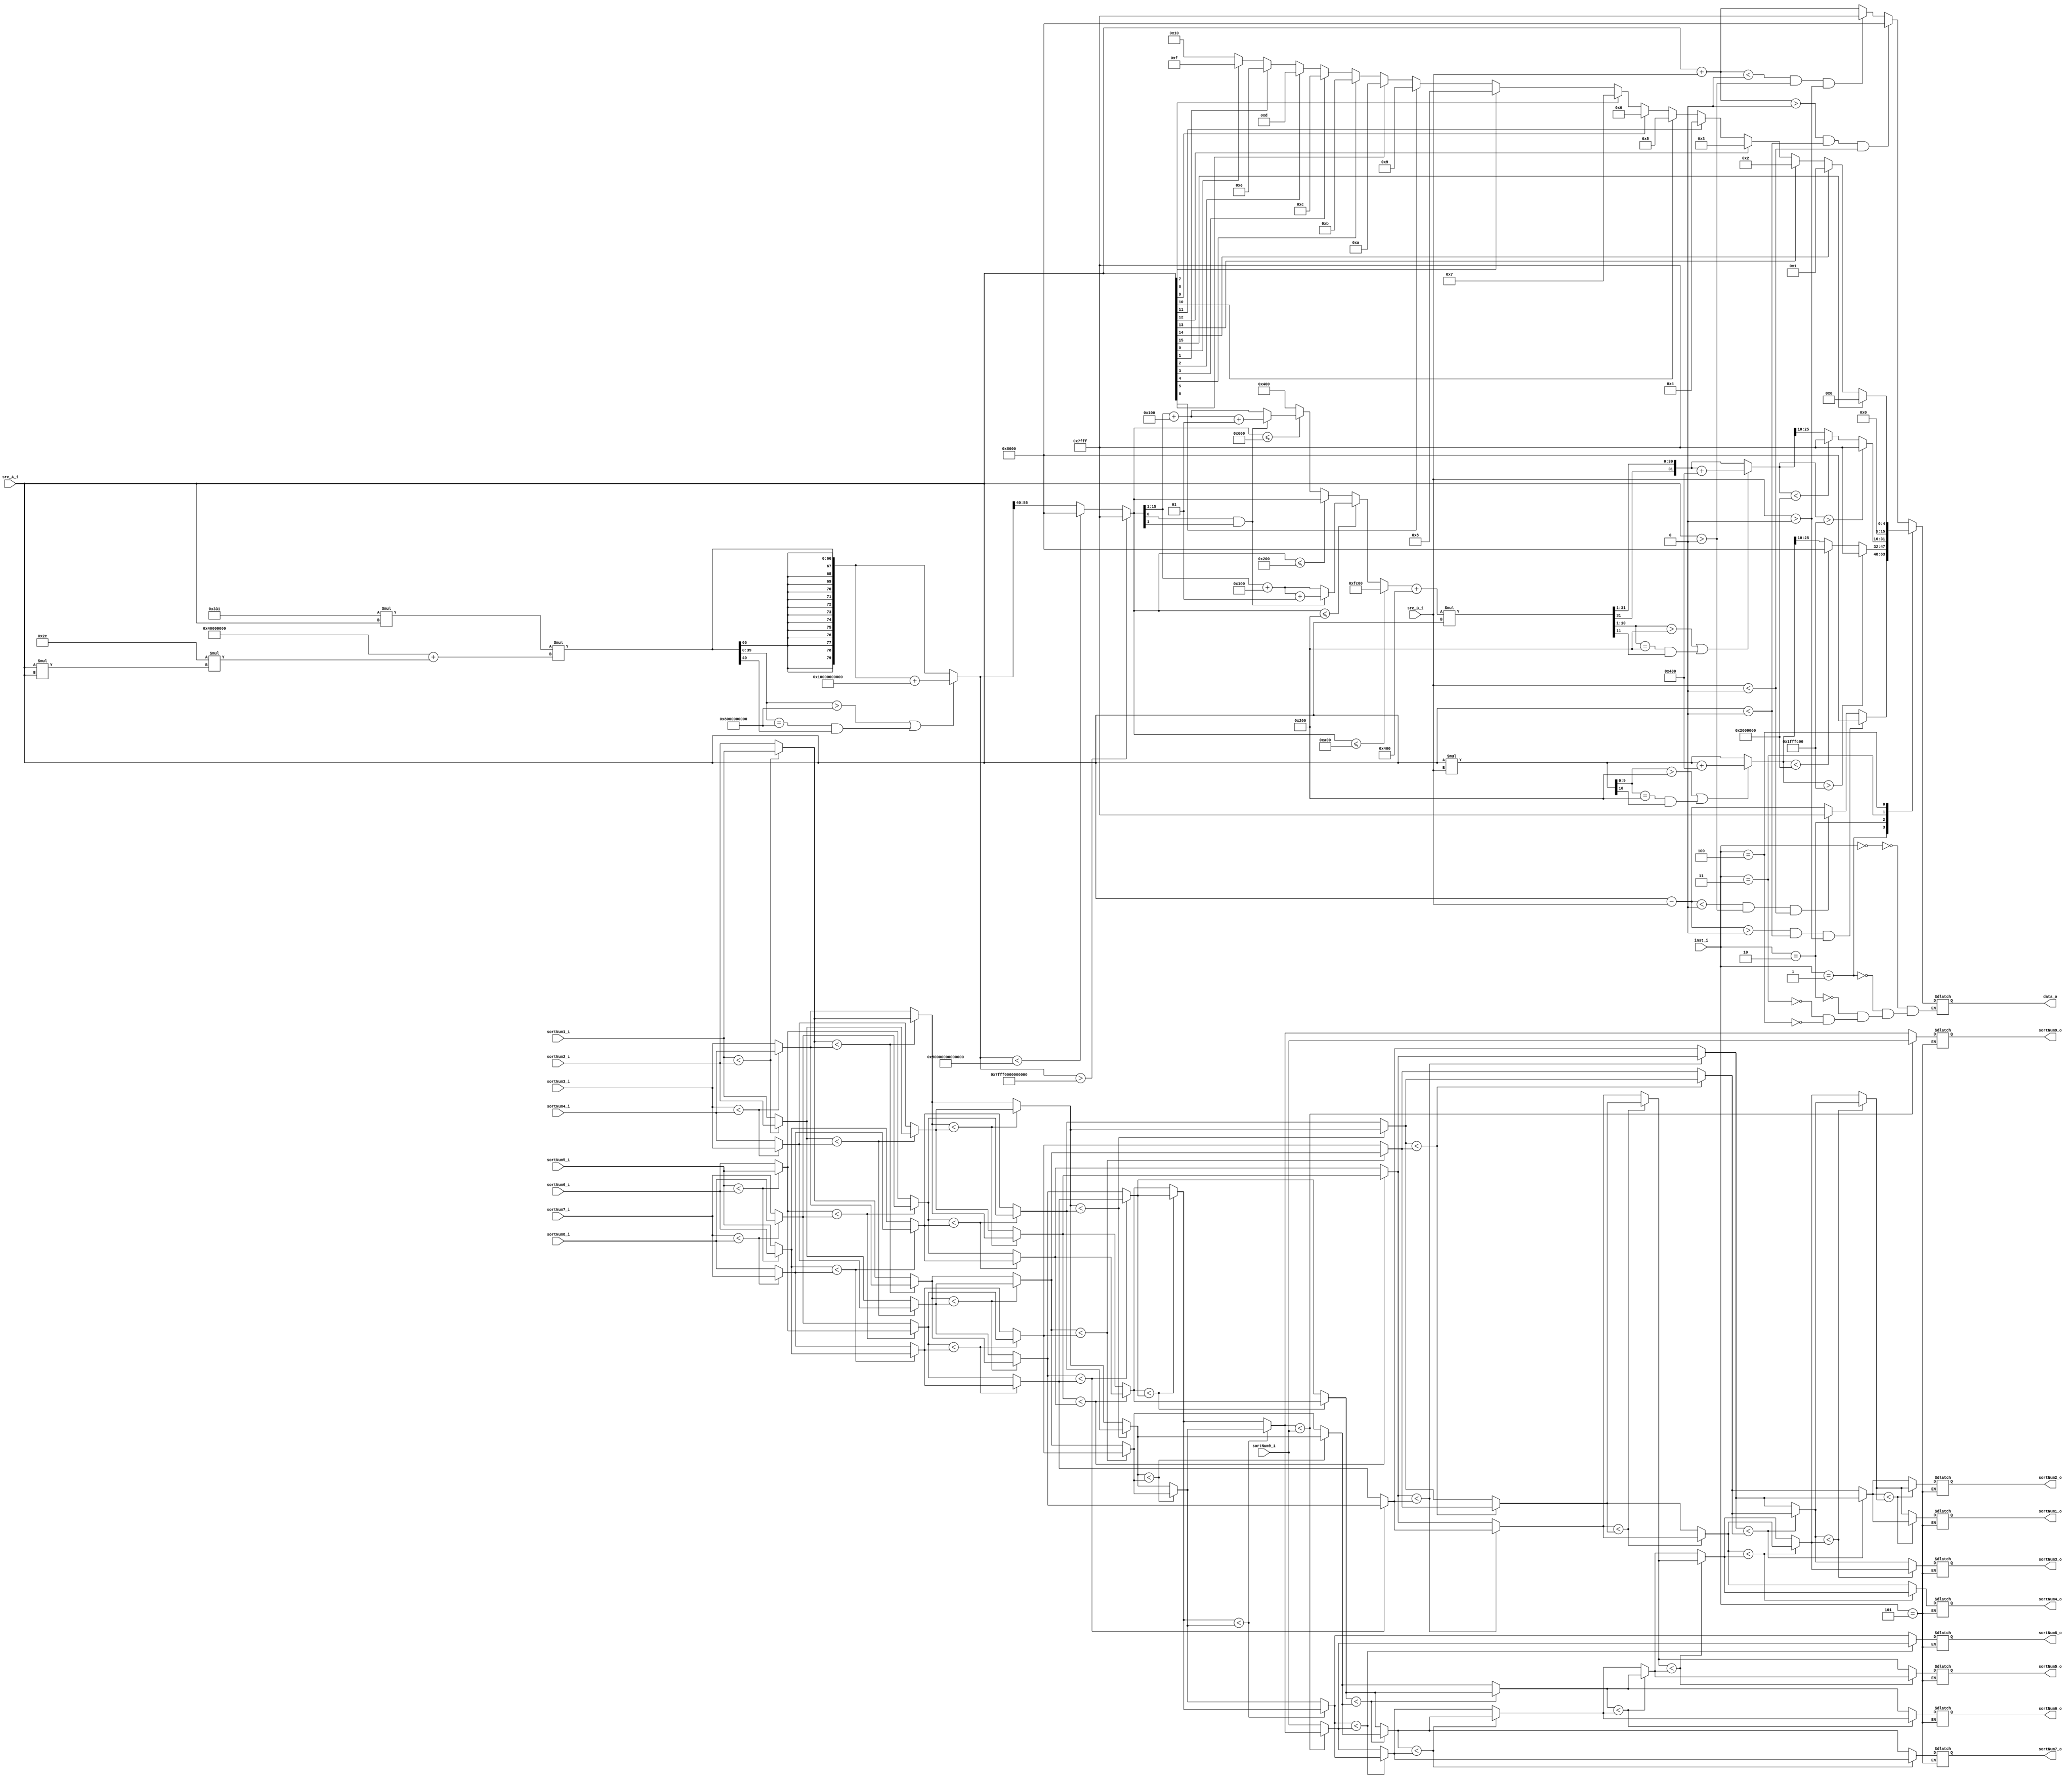
module ALU(
  input signed [15:0] src_A_i,
  input signed [15:0] src_B_i,
  input  [2:0]  inst_i,
  input  [7:0]  sortNum1_i,
  input  [7:0]  sortNum2_i,
  input  [7:0]  sortNum3_i,
  input  [7:0]  sortNum4_i,
  input  [7:0]  sortNum5_i,
  input  [7:0]  sortNum6_i,
  input  [7:0]  sortNum7_i,
  input  [7:0]  sortNum8_i,
  input  [7:0]  sortNum9_i,
  output reg [7:0]  sortNum1_o,
  output reg [7:0]  sortNum2_o,
  output reg [7:0]  sortNum3_o,
  output reg [7:0]  sortNum4_o,
  output reg [7:0]  sortNum5_o,
  output reg [7:0]  sortNum6_o,
  output reg [7:0]  sortNum7_o,
  output reg [7:0]  sortNum8_o,
  output reg [7:0]  sortNum9_o,
  output reg signed [15:0] data_o
);

reg signed [15:0] add_temp;

reg signed [15:0] sub_temp;

reg signed [31:0] mul_max_32;
reg signed [31:0] mul_min_32;
reg signed [31:0] mul;

reg signed [15:0] gelu_first_const_1;
reg signed [47:0] gelu_first_const_2;
reg signed [15:0] gelu_first_const_3;

reg signed [15:0] tanh_const_1;
reg signed [15:0] tanh_const_2;

reg signed [15:0] tanh_boundary_1;
reg signed [15:0] tanh_boundary_2;
reg signed [15:0] tanh_boundary_3;
reg signed [15:0] tanh_boundary_4;

reg signed [31:0] gelu_max_32;
reg signed [31:0] gelu_min_32;
reg signed [79:0] gelu_max_80;
reg signed [79:0] gelu_min_80;

reg signed [15:0] gelu_temp16;
reg signed [31:0] gelu_temp32;
reg signed [79:0] gelu_temp80;

reg [7:0] buffer [1:9];
reg [7:0] buffer_temp;

always @(*) begin
  case(inst_i)
    3'b000:begin // Signed Addition  
      add_temp = src_A_i + src_B_i;
      if((add_temp > 0) && (src_A_i < 0) && (src_B_i < 0))
        data_o = 16'b100000_0000000000;
      else if((add_temp < 0) && (src_A_i > 0) && (src_B_i > 0))
        data_o = 16'b011111_1111111111;
      else
        data_o = add_temp;                
    end
    3'b001:begin // Signed Subtraction
      sub_temp = src_A_i - src_B_i;
      if((sub_temp > 0) && (src_A_i < 0) && (src_B_i > 0))
        data_o = 16'b100000_0000000000;
      else if((sub_temp < 0) && (src_A_i > 0) && (src_B_i < 0))
        data_o = 16'b011111_1111111111;
      else
        data_o = sub_temp;          
    end   
    3'b010:begin // Signed Multiplication
      // 16bits32bits    
      mul_max_32 = 32'b000000_011111_1111111111_0000000000;
      mul_min_32 = 32'b111111_100000_0000000000_0000000000;
      mul = src_A_i * src_B_i;
      // rounding
      if((mul[9:0] > 10'b1000000000) || ((mul[9:0] == 10'b1000000000) && (mul[10] == 1)))
        mul = mul + 11'b10000000000;
      else
        mul = mul;
      // saturation
      if(mul > mul_max_32)
        data_o = 16'b011111_1111111111;
      else if(mul < mul_min_32)
        data_o = 16'b100000_0000000000;             
      else
        data_o = mul[25:10];        
    end  
    3'b011: begin // GeLU
        gelu_first_const_1 = 16'b000000_0000101110; // 0.044921875
        gelu_first_const_2 = 48'b000000_000000_000001_0000000000_0000000000_0000000000; // 1
        gelu_first_const_3 = 16'b000000_1100110001; // 0.7978515625

        tanh_boundary_1 = 16'b111110_1000000000; // -1.5
        tanh_boundary_2 = 16'b111111_1000000000; // -0.5
        tanh_boundary_3 = 16'b000000_1000000000; //  0.5
        tanh_boundary_4 = 16'b000001_1000000000; //  1.5 

        tanh_const_1 = 16'b111111_0000000000; // -1
        tanh_const_2 = 16'b000001_0000000000; // 1

        // 16bits32bits80bits 
        gelu_max_32 = 32'b000000_011111_1111111111_0000000000;
        gelu_min_32 = 32'b111111_100000_0000000000_0000000000;
        gelu_max_80 = 80'b000000_000000_000000_000000_011111_1111111111_0000000000_0000000000_0000000000_0000000000;
        gelu_min_80 = 80'b111111_111111_111111_111111_100000_0000000000_0000000000_0000000000_0000000000_0000000000;       
        
        gelu_temp80 = gelu_first_const_3 * src_A_i * (gelu_first_const_2 + gelu_first_const_1 * (src_A_i * src_A_i)); // GeLU : 0.7978515625  x  (1 + 0.044921875  x^2)

        // first rounding
        if((gelu_temp80[39:0] > 40'b1000000000_0000000000_0000000000_0000000000) || ((gelu_temp80[39:0] == 40'b1000000000_0000000000_0000000000_0000000000) && (gelu_temp80[40] == 1)))
            gelu_temp80 = gelu_temp80 + 41'b1_0000000000_0000000000_0000000000_0000000000;
        else
            gelu_temp80 = gelu_temp80;
        if(gelu_temp80 > gelu_max_80)
            gelu_temp16 = 16'b011111_1111111111;
        else if(gelu_temp80 < gelu_min_80)
            gelu_temp16 = 16'b100000_0000000000; 
        else
            gelu_temp16 = gelu_temp80[55:40];
        
        // tanh() calculation and rounding 
        if(gelu_temp16 <= tanh_boundary_1)begin
            gelu_temp16 = tanh_const_1; // linear equation : y = -1
        end
        else if(gelu_temp16 <= tanh_boundary_2) begin
            if((gelu_temp16[0] == 1) && (gelu_temp16[1] == 1)) // caserounding
                gelu_temp16 = (gelu_temp16 >>> 1) + $signed(16'b111111_1100000000) + $signed(16'b000000_0000000001); // linear equation : y = 0.5x - 0.25
            else
                gelu_temp16 = (gelu_temp16 >>> 1) + $signed(16'b111111_1100000000); // linear equation : y = 0.5x - 0.25
        end
        else if(gelu_temp16 <= tanh_boundary_3)begin
            gelu_temp16 = gelu_temp16; // linear equation : y = x
        end
        else if(gelu_temp16 <= tanh_boundary_4) begin
            if(gelu_temp16[0] == 1 && gelu_temp16[1] == 1) // caserounding
                gelu_temp16 = (gelu_temp16 >>> 1) + $signed(16'b000000_0100000000) + $signed(16'b000000_0000000001); // linear equation : y = 0.5x + 0.25
            else
                gelu_temp16 = (gelu_temp16 >>> 1) + $signed(16'b000000_0100000000); // linear equation : y = 0.5x + 0.25            
        end
        else 
            gelu_temp16 = tanh_const_2;

        // GeLU : 0.5  x  (1 + gelu_temp16)
        gelu_temp16 = gelu_temp16 + $signed(16'b000001_0000000000);
        gelu_temp32 = (gelu_temp16 * src_A_i);
        gelu_temp32 = (gelu_temp32 >>> 1);
        
        // final rounding
        if((gelu_temp32[9:0] > 10'b1000000000) || ((gelu_temp32[9:0] == 10'b1000000000) && (gelu_temp32[10] == 1)))
            gelu_temp32 = gelu_temp32 + 11'b10000000000;
        else
            gelu_temp32 = gelu_temp32;
        if(gelu_temp32 > gelu_max_32)
            data_o = 16'b011111_1111111111;
        else if(gelu_temp32 < gelu_min_32)
            data_o = 16'b011111_1111111111;
        else
            data_o = gelu_temp32[25:10];
    end
    3'b100:begin // CLZ
      if(src_A_i[15] == 0)begin
        data_o = 1;
        if(src_A_i[14] == 0)begin
          data_o = 2;
          if(src_A_i[13] == 0)begin
            data_o = 3;
            if(src_A_i[12] == 0)begin
              data_o = 4;
              if(src_A_i[11] == 0)begin
                data_o = 5;
                if(src_A_i[10] == 0)begin
                  data_o = 6;
                  if(src_A_i[9] == 0)begin
                    data_o = 7;
                    if(src_A_i[8] == 0)begin
                      data_o = 8;
                      if(src_A_i[7] == 0)begin
                        data_o = 9;
                        if(src_A_i[6] == 0)begin
                          data_o = 10;
                          if(src_A_i[5] == 0)begin
                            data_o = 11;
                            if(src_A_i[4] == 0)begin
                              data_o = 12;
                              if(src_A_i[3] == 0)begin
                                data_o = 13;
                                if(src_A_i[2] == 0)begin
                                  data_o = 14;
                                  if(src_A_i[1] == 0)begin
                                    data_o = 15;
                                    if(src_A_i[0] == 0)begin
                                      data_o = 16;
                                    end
                                    else begin
                                      data_o = 15;
                                    end                                         
                                  end
                                  else begin
                                    data_o = 14;
                                  end                                        
                                end
                                else begin
                                  data_o = 13;
                                end                                  
                              end
                              else begin
                                data_o = 12;
                              end                                    
                            end
                            else begin
                              data_o = 11;
                            end                                 
                          end
                          else begin
                            data_o = 10;
                          end                                                        
                        end
                        else begin
                          data_o = 9;
                        end                              
                      end
                      else begin
                        data_o = 8;
                      end                     
                    end                      
                    else begin
                      data_o = 7;
                    end                     
                  end
                  else begin
                    data_o = 6;
                  end                   
                end
                else begin
                  data_o = 5;
                end                    
              end
              else begin
                data_o = 4;
              end                      
            end
            else begin
              data_o = 3;
            end            
          end
          else begin
            data_o = 2;
           end          
        end
        else begin
          data_o = 1;
        end
      end
      else begin
        data_o = 0;
      end
    end   
    3'b101:begin // Sort nine numbers

        // Bitonic Sorting
        // bitonic sorting2elementselementelements

        // buffer
        buffer[1] = sortNum1_i;
        buffer[2] = sortNum2_i;
        buffer[3] = sortNum3_i;
        buffer[4] = sortNum4_i;
        buffer[5] = sortNum5_i;                         
        buffer[6] = sortNum6_i;
        buffer[7] = sortNum7_i;
        buffer[8] = sortNum8_i;
        buffer[9] = sortNum9_i;

        // First round
        // Sort every two elements ascending and descending (only the first eight elements are processed) 
        if(buffer[1] < buffer[2])begin
            buffer[1] = buffer[1];
            buffer[2] = buffer[2];
        end
        else begin
            buffer_temp = buffer[1];
            buffer[1] = buffer[2];
            buffer[2] = buffer_temp;
        end
        if(buffer[3] < buffer[4])begin
            buffer_temp = buffer[3];
            buffer[3] = buffer[4];
            buffer[4] = buffer_temp;
        end
        else begin
            buffer[3] = buffer[3];
            buffer[4] = buffer[4];
        end
        if(buffer[5] < buffer[6])begin
            buffer[5] = buffer[5];
            buffer[6] = buffer[6];
        end
        else begin
            buffer_temp = buffer[5];
            buffer[5] = buffer[6];
            buffer[6] = buffer_temp;
        end
        if(buffer[7] < buffer[8])begin
            buffer_temp = buffer[7];
            buffer[7] = buffer[8];
            buffer[8] = buffer_temp;
        end
        else begin
            buffer[7] = buffer[7];
            buffer[8] = buffer[8];
        end                        

        // Second round
        // Sort every four elements ascending and descending, and then sort every two elements (only the first eight elements are processed)
        if(buffer[1] < buffer[3])begin
            buffer[1] = buffer[1];
            buffer[3] = buffer[3];
        end
        else begin
            buffer_temp = buffer[1];
            buffer[1] = buffer[3];
            buffer[3] = buffer_temp;
        end
        if(buffer[2] < buffer[4])begin
            buffer[2] = buffer[2];
            buffer[4] = buffer[4];
        end
        else begin
            buffer_temp = buffer[2];
            buffer[2] = buffer[4];
            buffer[4] = buffer_temp;
        end
        if(buffer[5] < buffer[7])begin
            buffer_temp = buffer[5];
            buffer[5] = buffer[7];
            buffer[7] = buffer_temp;
        end
        else begin
            buffer[5] = buffer[5];
            buffer[7] = buffer[7];
        end
        if(buffer[6] < buffer[8])begin
            buffer_temp = buffer[6];
            buffer[6] = buffer[8];
            buffer[8] = buffer_temp;
        end
        else begin
            buffer_temp = buffer[7];
            buffer[6] = buffer[6];
            buffer[8] = buffer[8];
        end         

        if(buffer[1] < buffer[2])begin
            buffer[1] = buffer[1];
            buffer[2] = buffer[2];
        end
        else begin
            buffer_temp = buffer[1];
            buffer[1] = buffer[2];
            buffer[2] = buffer_temp;
        end
        if(buffer[3] < buffer[4])begin
            buffer[3] = buffer[3];
            buffer[4] = buffer[4];            
        end
        else begin
            buffer_temp = buffer[3];
            buffer[3] = buffer[4];
            buffer[4] = buffer_temp;
        end
        if(buffer[5] < buffer[6])begin
            buffer_temp = buffer[5];
            buffer[5] = buffer[6];
            buffer[6] = buffer_temp;
        end
        else begin
            buffer[5] = buffer[5];
            buffer[6] =  buffer[6];
        end
        if(buffer[7] < buffer[8])begin
            buffer_temp = buffer[7];
            buffer[7] = buffer[8];
            buffer[8] = buffer_temp;
        end
        else begin
            buffer[7] = buffer[7];
            buffer[8] = buffer[8];
        end        

        // Third round
        // Sort all eight elements ascending and descending, then every four, and finally every two (only the first eight elements are processed)
        if(buffer[1] < buffer[5])begin
            buffer[1] = buffer[1];
            buffer[5] = buffer[5];
        end
        else begin
            buffer_temp = buffer[1];
            buffer[1] = buffer[5];
            buffer[5] = buffer_temp;
        end
        if(buffer[2] < buffer[6])begin
            buffer[2] = buffer[2];
            buffer[6] = buffer[6];
        end
        else begin
            buffer_temp = buffer[2];
            buffer[2] = buffer[6];
            buffer[6] = buffer_temp;
        end             
        if(buffer[3] < buffer[7])begin
            buffer[3] = buffer[3];
            buffer[7] = buffer[7];
        end
        else begin
            buffer_temp = buffer[3];
            buffer[3] = buffer[7];
            buffer[7] = buffer_temp;
        end  
        if(buffer[4] < buffer[8])begin
            buffer[4] = buffer[4];
            buffer[8] = buffer[8];
        end
        else begin
            buffer_temp = buffer[4];
            buffer[4] = buffer[8];
            buffer[8] = buffer_temp;
        end        

        if(buffer[1] < buffer[3])begin
            buffer[1] = buffer[1];
            buffer[3] = buffer[3];
        end
        else begin
            buffer_temp = buffer[1];
            buffer[1] = buffer[3];
            buffer[3] = buffer_temp;
        end
        if(buffer[2] < buffer[4])begin
            buffer[2] = buffer[2];
            buffer[4] = buffer[4];
        end
        else begin
            buffer_temp = buffer[2];
            buffer[2] = buffer[4];
            buffer[4] = buffer_temp;
        end             
        if(buffer[5] < buffer[7])begin
            buffer[5] = buffer[5];
            buffer[7] = buffer[7];
        end
        else begin
            buffer_temp = buffer[5];
            buffer[5] = buffer[7];
            buffer[7] = buffer_temp;
        end  
        if(buffer[6] < buffer[8])begin
            buffer[6] = buffer[6];
            buffer[8] = buffer[8];
        end
        else begin
            buffer_temp = buffer[6];
            buffer[6] = buffer[8];
            buffer[8] = buffer_temp;
        end        

        if(buffer[1] < buffer[2])begin
            buffer[1] = buffer[1];
            buffer[2] = buffer[2];
        end
        else begin
            buffer_temp = buffer[1];
            buffer[1] = buffer[2];
            buffer[2] = buffer_temp;
        end
        if(buffer[3] < buffer[4])begin
            buffer[3] = buffer[3];
            buffer[4] = buffer[4];            
        end
        else begin
            buffer_temp = buffer[3];
            buffer[3] = buffer[4];
            buffer[4] = buffer_temp;
        end          
        if(buffer[5] < buffer[6])begin
            buffer[5] = buffer[5];
            buffer[6] = buffer[6];
        end
        else begin
            buffer_temp = buffer[5];
            buffer[5] = buffer[6];
            buffer[6] = buffer_temp;
        end
        if(buffer[7] < buffer[8])begin
            buffer[7] = buffer[7];
            buffer[8] = buffer[8];            
        end
        else begin
            buffer_temp = buffer[7];
            buffer[7] = buffer[8];
            buffer[8] = buffer_temp;
        end     

        // Final round
        // Insert the last element into the sorted first eight elements
        if(buffer[8] < buffer[9])begin
            buffer[8] = buffer[8];
            buffer[9] = buffer[9];
        end
        else begin
            buffer_temp = buffer[8];
            buffer[8] = buffer[9];
            buffer[9] = buffer_temp;            
        end
        if(buffer[7] < buffer[8])begin
            buffer[7] = buffer[7];
            buffer[8] = buffer[8];
        end
        else begin
            buffer_temp = buffer[7];
            buffer[7] = buffer[8];
            buffer[8] = buffer_temp;            
        end
        if(buffer[6] < buffer[7])begin
            buffer[6] = buffer[6];
            buffer[7] = buffer[7];
        end
        else begin
            buffer_temp = buffer[6];
            buffer[6] = buffer[7];
            buffer[7] = buffer_temp;            
        end
        if(buffer[5] < buffer[6])begin
            buffer[5] = buffer[5];
            buffer[6] = buffer[6];
        end
        else begin
            buffer_temp = buffer[5];
            buffer[5] = buffer[6];
            buffer[6] = buffer_temp;            
        end        
        if(buffer[4] < buffer[5])begin
            buffer[4] = buffer[4];
            buffer[5] = buffer[5];
        end
        else begin
            buffer_temp = buffer[4];
            buffer[4] = buffer[5];
            buffer[5] = buffer_temp;            
        end        
        if(buffer[3] < buffer[4])begin
            buffer[3] = buffer[3];
            buffer[4] = buffer[4];
        end
        else begin
            buffer_temp = buffer[3];
            buffer[3] = buffer[4];
            buffer[4] = buffer_temp;            
        end           
        if(buffer[2] < buffer[3])begin
            buffer[2] = buffer[2];
            buffer[3] = buffer[3];
        end
        else begin
            buffer_temp = buffer[2];
            buffer[2] = buffer[3];
            buffer[3] = buffer_temp;            
        end         
        if(buffer[1] < buffer[2])begin
            buffer[1] = buffer[1];
            buffer[2] = buffer[2];
        end
        else begin
            buffer_temp = buffer[1];
            buffer[1] = buffer[2];
            buffer[2] = buffer_temp;            
        end    

        // buffer
        sortNum1_o = buffer[1];
        sortNum2_o = buffer[2];
        sortNum3_o = buffer[3];
        sortNum4_o = buffer[4];
        sortNum5_o = buffer[5];
        sortNum6_o = buffer[6];
        sortNum7_o = buffer[7];
        sortNum8_o = buffer[8];
        sortNum9_o = buffer[9];                         
    end         
  endcase    
end
endmodule